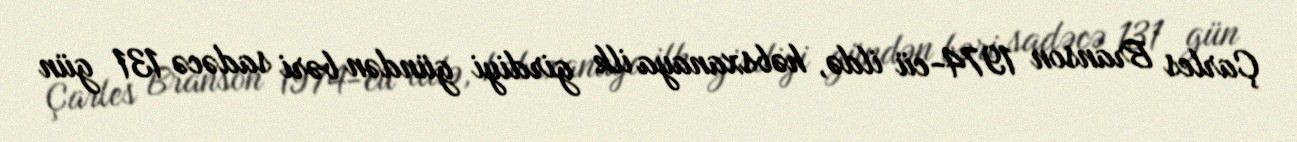
Çarles Branson 1974-cü ildə, həbsxanaya ilk girdiyi gündən bəri sadəcə 131 gün